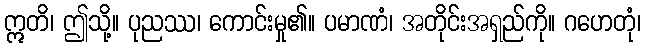
ဣတိ၊ ဤသို့။ ပုညဿ၊ ကောင်းမှု၏။ ပမာဏံ၊ အတိုင်းအရှည်ကို။ ဂဟေတုံ၊